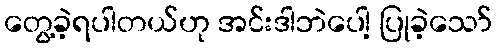
တွေ့ခဲ့ရပါတယ်ဟု အင်းဒါဘဲပေါ့ ပြုခဲ့သော်